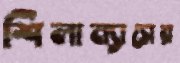
শিলান্যাসের